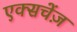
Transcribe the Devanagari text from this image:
एक्सचेंज़